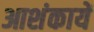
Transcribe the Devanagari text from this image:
आशंकायें